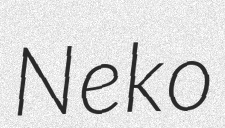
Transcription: Neko